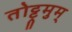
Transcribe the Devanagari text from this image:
तोट्ट्रमुम्